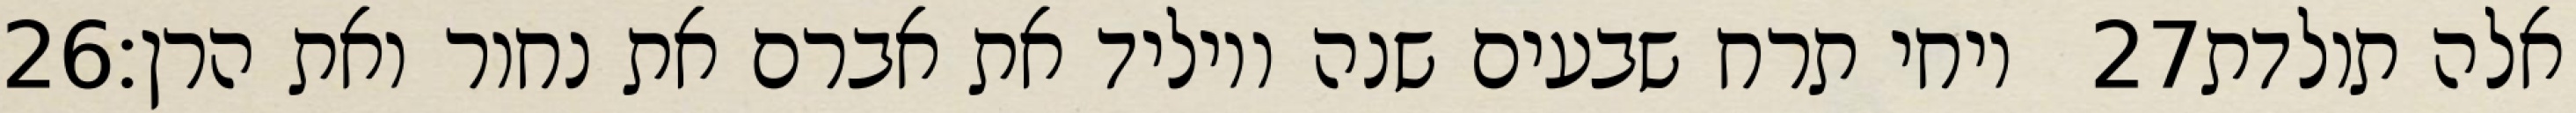
‎26‏ ויחי תרח שבעים שנה ויוליד את אברם את נחור ואת הרן׃ ‎27‏ אלה תולדת